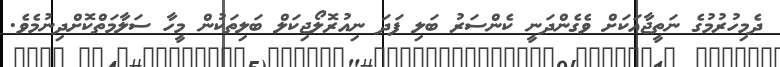
ދެމިހުރުމުގެ ނަތީޖާއަކަށް ވެގެންދަނީ ކެންސަރު ބަލި ފަދަ ނިއުރޮލޯޖިކަލް ބަލިތަކުން މީހާ ސަލާމަތްކޮށްދިނުމެވެ.